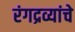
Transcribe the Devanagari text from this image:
रंगद्रव्यांचे